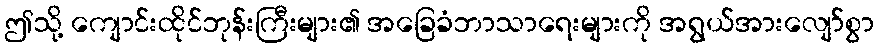
ဤသို့ ကျောင်းထိုင်ဘုန်းကြီးများ၏ အခြေခံဘာသာရေးများကို အရွယ်အားလျော်စွာ